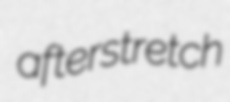
afterstretch